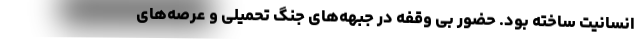
انسانیت ساخته بود. حضور بی وقفه در جبهه‌های جنگ تحمیلی و عرصه‌های